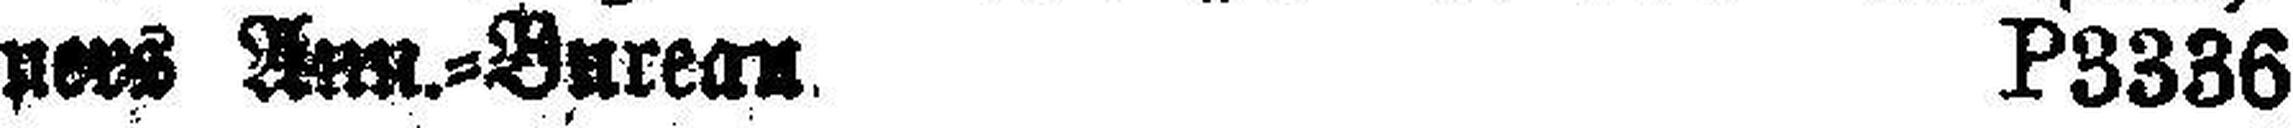
ners Ann.=Burean P3336